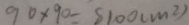
9 0 \times 9 0 = 8 1 0 0 ( m ^ { 2 } )